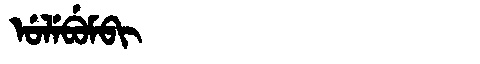
Manchu: ᡠᠯᡝᠪᡠᠮᠪᡳ
Romanization: ULEBUMBI